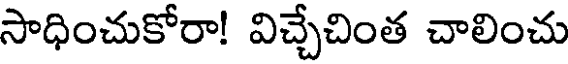
సాధించుకోరా! విచ్చేచింత చాలించు